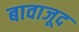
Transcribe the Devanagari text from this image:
बावाजूद